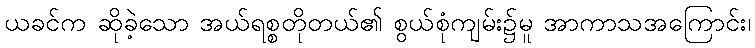
ယခင်က ဆိုခဲ့သော အယ်ရစ္စတိုတယ်၏ စွယ်စုံကျမ်း၌မူ အာကာသအကြောင်း၊